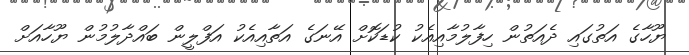
ޔޫހާގެ އަތުގައި ދެއަތުން ހިފާލުމާއިއެކު ކުޑަކޮށް އޭނަގެ އަތާއިއެކު އަފްލީން ބައްދާލުމުން ޔޫހާއަށް